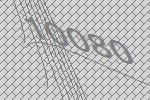
10080